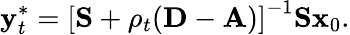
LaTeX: \mathbf{y}_{t}^{*}=\left[\mathbf{S}+\rho_{t}(\mathbf{D}-\mathbf{A})\right]^{-1}\mathbf{S}\mathbf{x}_{0}.